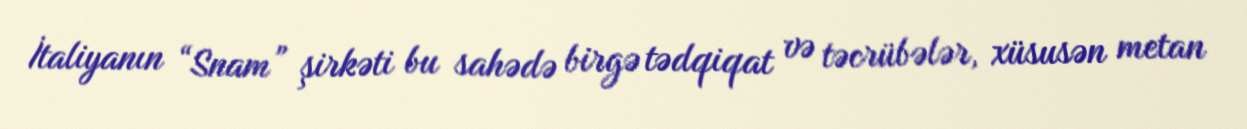
İtaliyanın “Snam” şirkəti bu sahədə birgə tədqiqat və təcrübələr, xüsusən metan